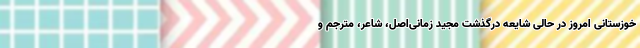
خوزستانی امروز در حالی شایعه درگذشت مجید زمانی‌اصل، شاعر، مترجم و